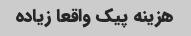
هزینه پیک واقعا زیاده